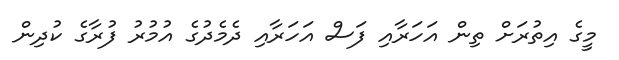
މީގެ އިތުރަށް ތިން އަހަރާއި ފަސް އަހަރާއި ދެމެދުގެ އުމުރު ފުރާގެ ކުދިން